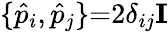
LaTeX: \{ \hat{p}_{i},\hat{p}_{j}\} {=}2\delta_{ij}\mathbf{I}